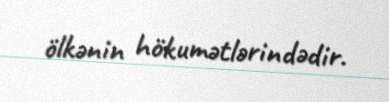
ölkənin hökumətlərindədir.